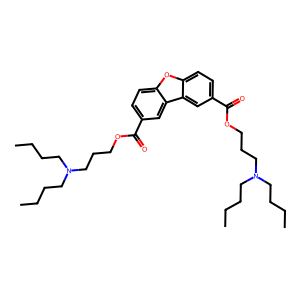
SMILES: CCCCN(CCCC)CCCOC(=O)c1ccc2oc3ccc(C(=O)OCCCN(CCCC)CCCC)cc3c2c1
Inhibits HIV replication: No